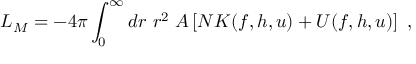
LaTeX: { \cal L } _ { M } = - 4 \pi \int _ { 0 } ^ { \infty } d r \ r ^ { 2 } \ A \left[ N { \cal { K } } ( f , h , u ) + { \cal { U } } ( f , h , u ) \right] \ ,